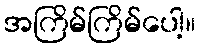
အကြိမ်ကြိမ်ပေါ့။